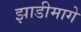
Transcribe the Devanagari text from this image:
झाडीमागे